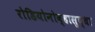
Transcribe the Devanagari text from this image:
रोडियोनोव्हासुद्धा